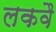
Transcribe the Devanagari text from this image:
लकवै